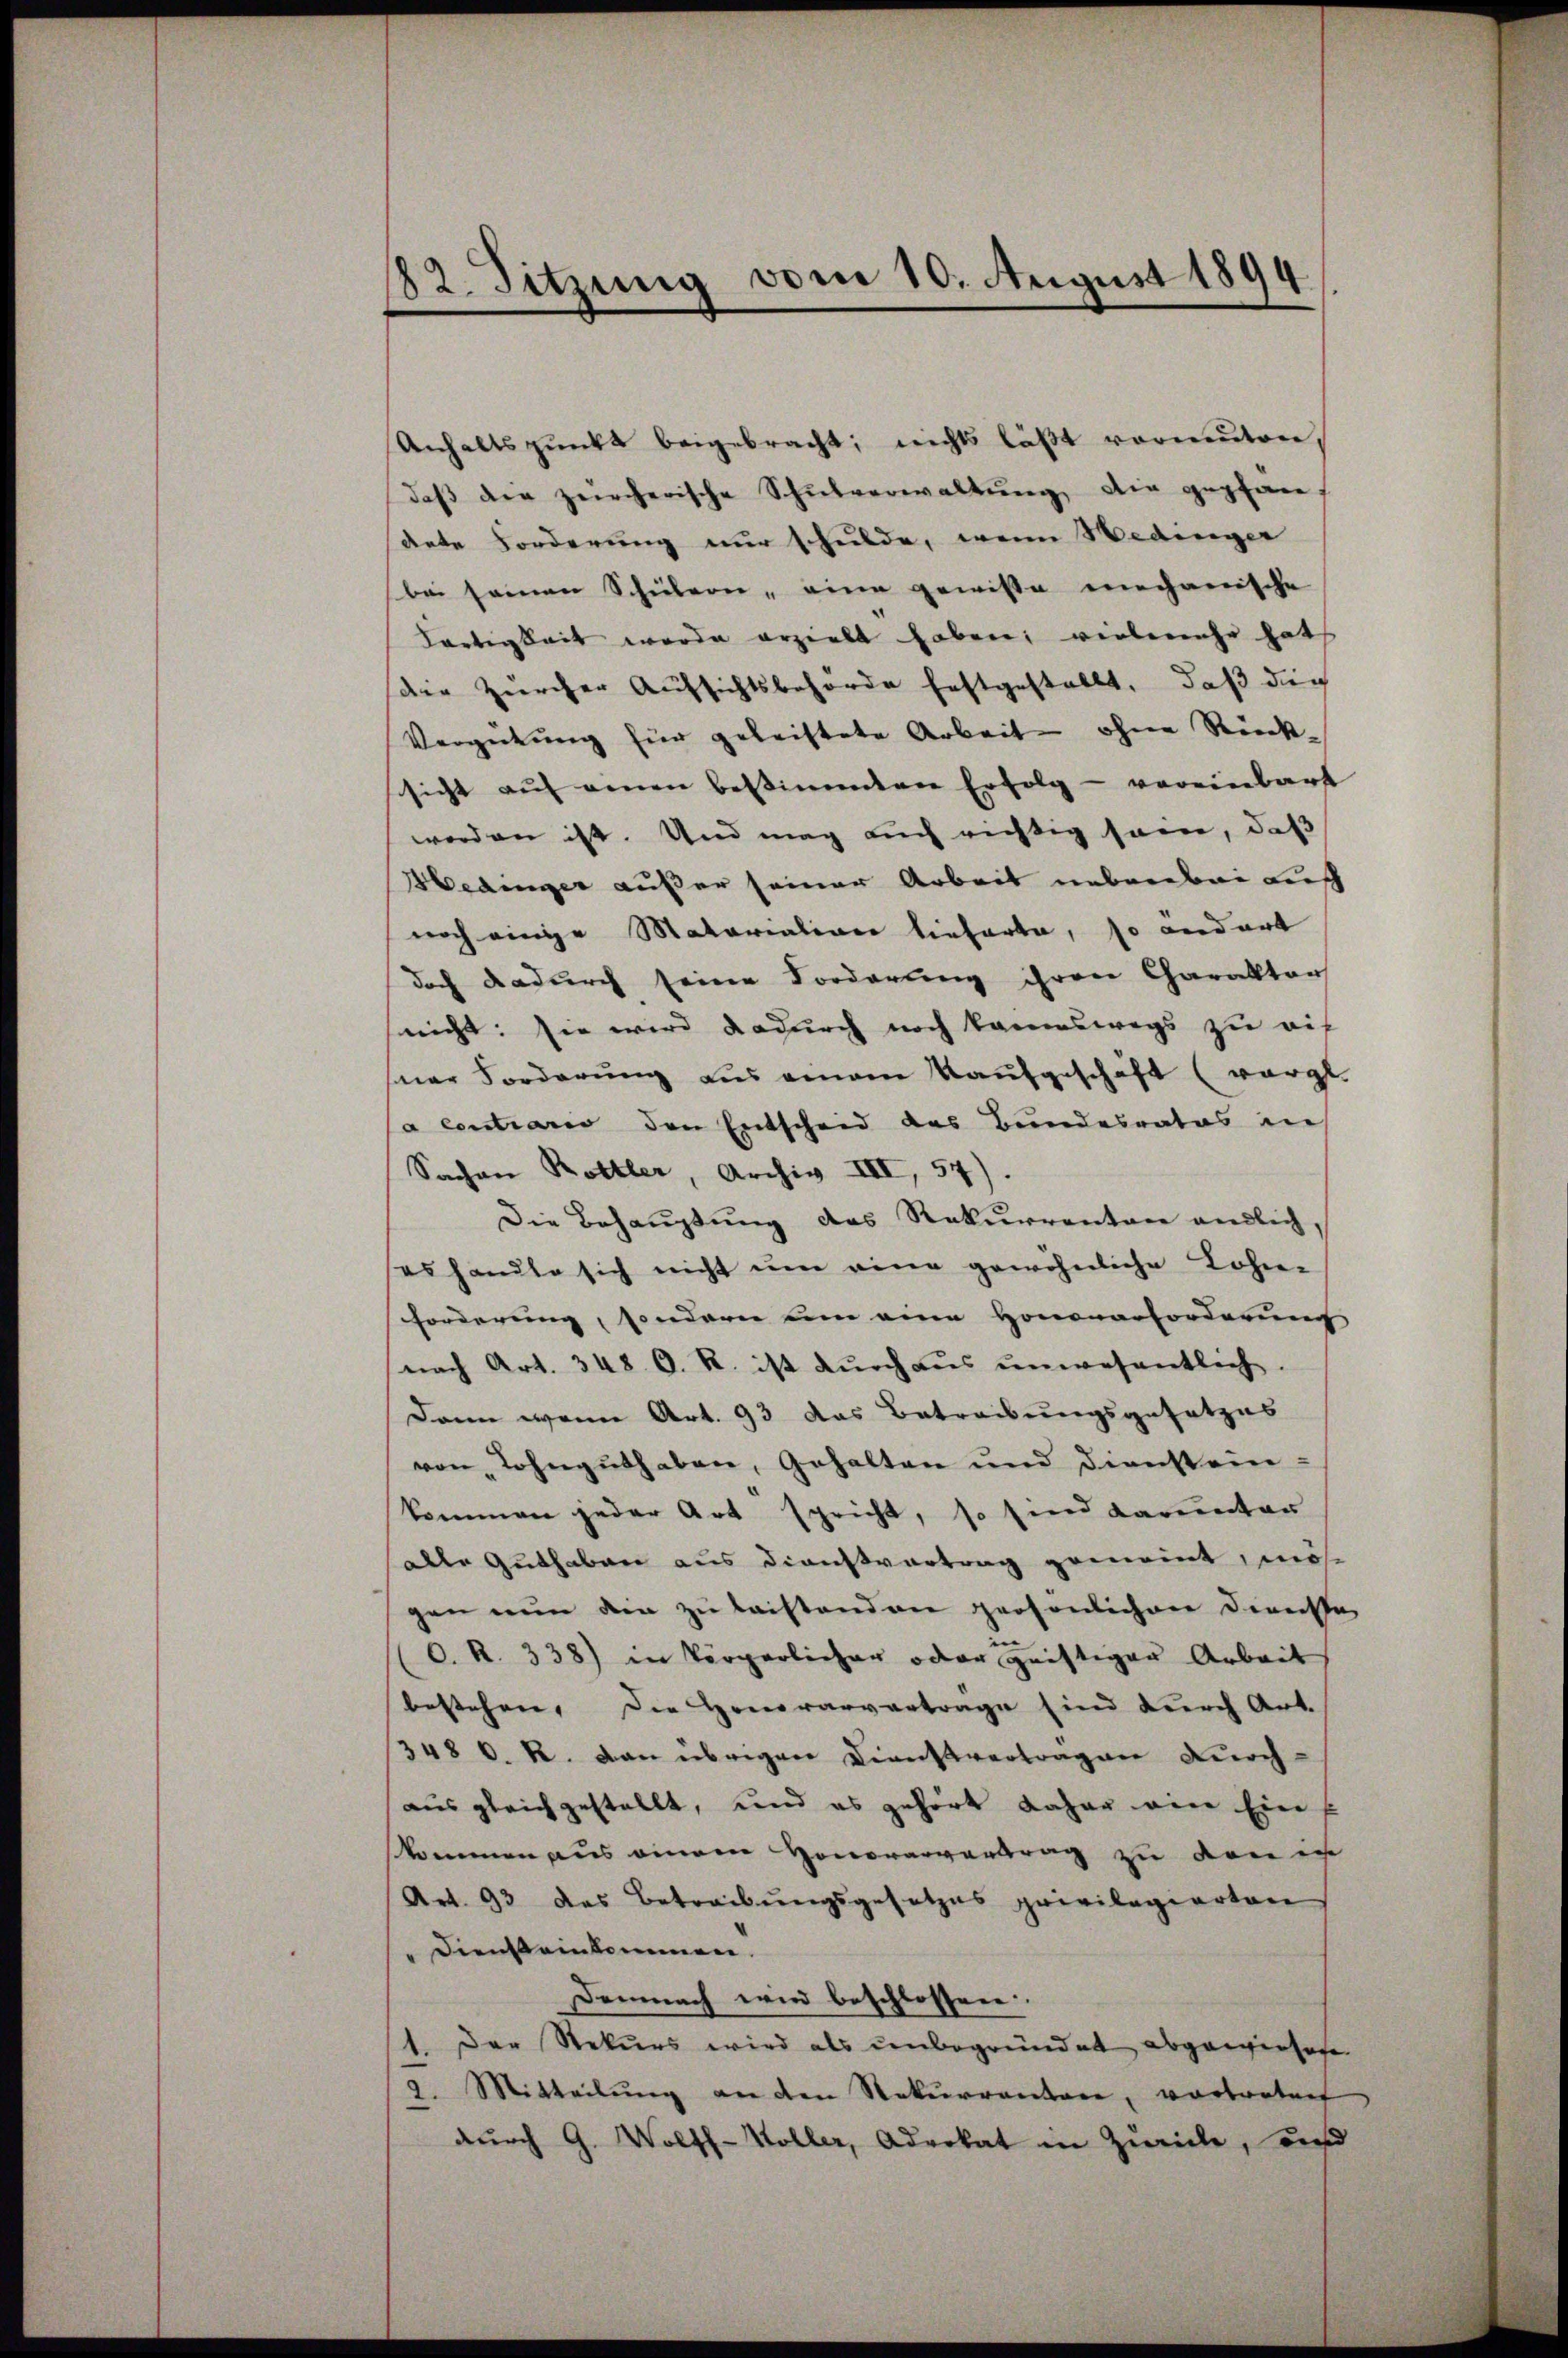
82. Sitzung vom 10. August 1894.

Anhaltspunkt beigebracht; nichts läßt vormuten,
daβ der zürcherische Schulverwaltŭng die geplan-
sante Forderung nur schulde, wenn Wedinger
bei seinen Schülern, eine gewisse mechanische
Tartigkeit wurde erzielt haben; vielmehr hat
die Zürcher Aufsichtsbehörde festgestellt, daß die
Vergütung für geleistete Arbeit ohne Rückssicht aŭf denen bestimmten Erfolg - vereinbart
worden ist. Und mag auch richtig sein, daß
edinger außer seiner Arbeit nebenbei Luf
noch einige Materialiner lieferte, so andert
doch dadurch seine Forderung ihren Charakter
nicht: sie wird dadurch noch kanneswegs zu rich
sner Forderung aus einem Kaufgeschaft (vergl.
a contrario den Entscheid des Bundesrates ins
Sachen Bettler, Archiv VII, 57).
Die Behauptung des Rekurrenten endlich,
es handte sich nicht um eine gewöhnliche Lohn-
Forderung, sondern um eine Honorarforderung
nach Art. 348. C. R. ist dŭrch aŭs ŭnwesentlich.
Dann wenn Art. 93 das Betreibungsgesetzes
von Lohnguthaben, Gehalten und Dienstein-
kommen jeder Art spricht, so sind darunten
alle Guthaben aus Dienstvortrag gemeint, mös
gen nun die zu laistenden persönlichen Dienste
O. R. 338) in körperlicher oder geistiger Arbeit
bestehen. Die Honorarvertrage sind durch Art.
348 l. R. Dann übrigen Dienstvertragen Kirch-
aus gleichgestellt, und es gehört daher ein Ein
kommen aus einem Honorarvertrag zu von in
Art. 93 des Betreibungsgesetzes privilegierten
" Diensteinkommen.
Demnach wird beschlossen.
1. Der Rekurs wird als unbegründet abgewieseste
2. Mitteilŭng an den Rekurrenten, vortretent
durch G. Wolff-Woller, Advokat in Zwicke, und